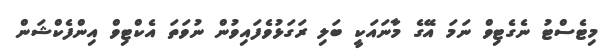
މިޓެސްޓު ނެގެޓިވް ނަމަ އޭގެ މާނައަކީ ބަލި ރަގަޅުވެފައިވުން ނުވަތަ އެކްޓިވް އިންފެކްޝަން